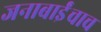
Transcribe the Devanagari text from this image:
जनाबाईंचाच